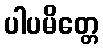
ပါပမိတ္တေ